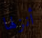
أنزلها